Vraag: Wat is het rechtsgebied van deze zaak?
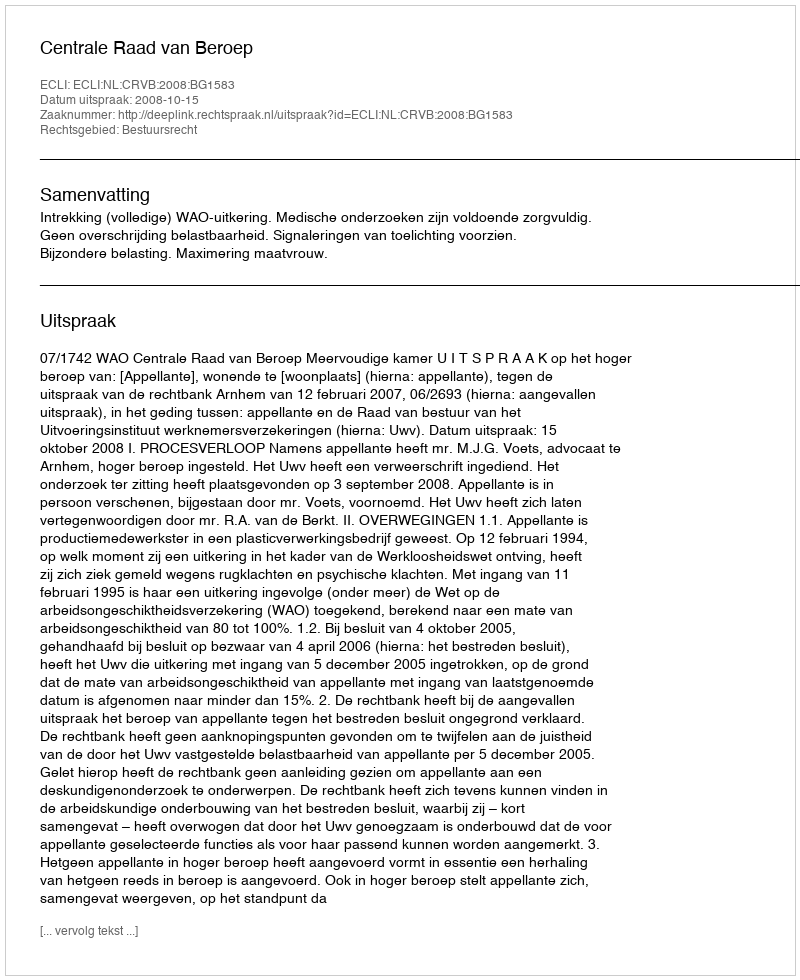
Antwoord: Bestuursrecht